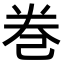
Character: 巻